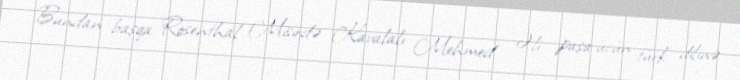
Bundan başqa Rosenthal Misirdə Kavalalı Mehmed Əli paşa üçün türk dilinə